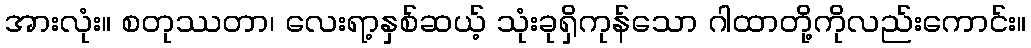
အားလုံး။ စတုဿတာ၊ လေးရာ့နှစ်ဆယ့် သုံးခုရှိကုန်သော ဂါထာတို့ကိုလည်းကောင်း။